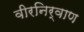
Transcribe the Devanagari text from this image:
वीरनिर्वाण